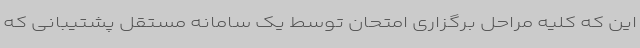
این که کلیه مراحل برگزاری امتحان توسط یک سامانه مستقل پشتیبانی که